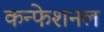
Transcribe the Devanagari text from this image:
कन्फेशनल